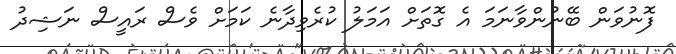
ފޮނުވަން ބޭނުންވާނަމަ އެ ގޮތަށް އަމަލު ކުރެވިދާނެ ކަމަށް ވެސް ރައީސް ނަޝިދު